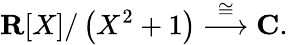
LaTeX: \mathbf{R}[X]/\left(X^{2}+1\right)\ {\stackrel{\cong}{\longrightarrow}}\ \mathbf{C}.